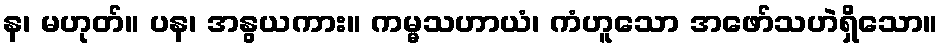
န၊ မဟုတ်။ ပန၊ အနွယကား။ ကမ္မသဟာယံ၊ ကံဟူသော အဖော်သဟဲရှိသော။